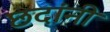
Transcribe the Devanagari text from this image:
छदांनी